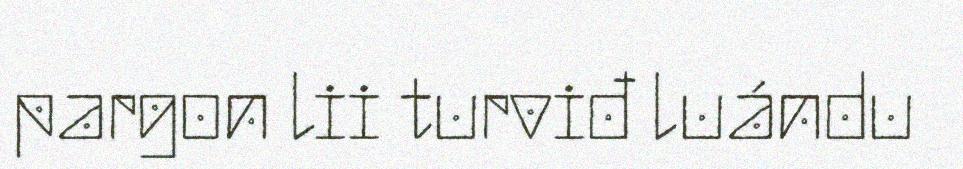
pargon lii turviđ luándu